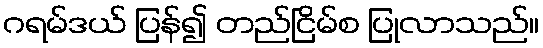
ဂရမ်ဒယ် ပြန်၍ တည်ငြိမ်စ ပြုလာသည်။